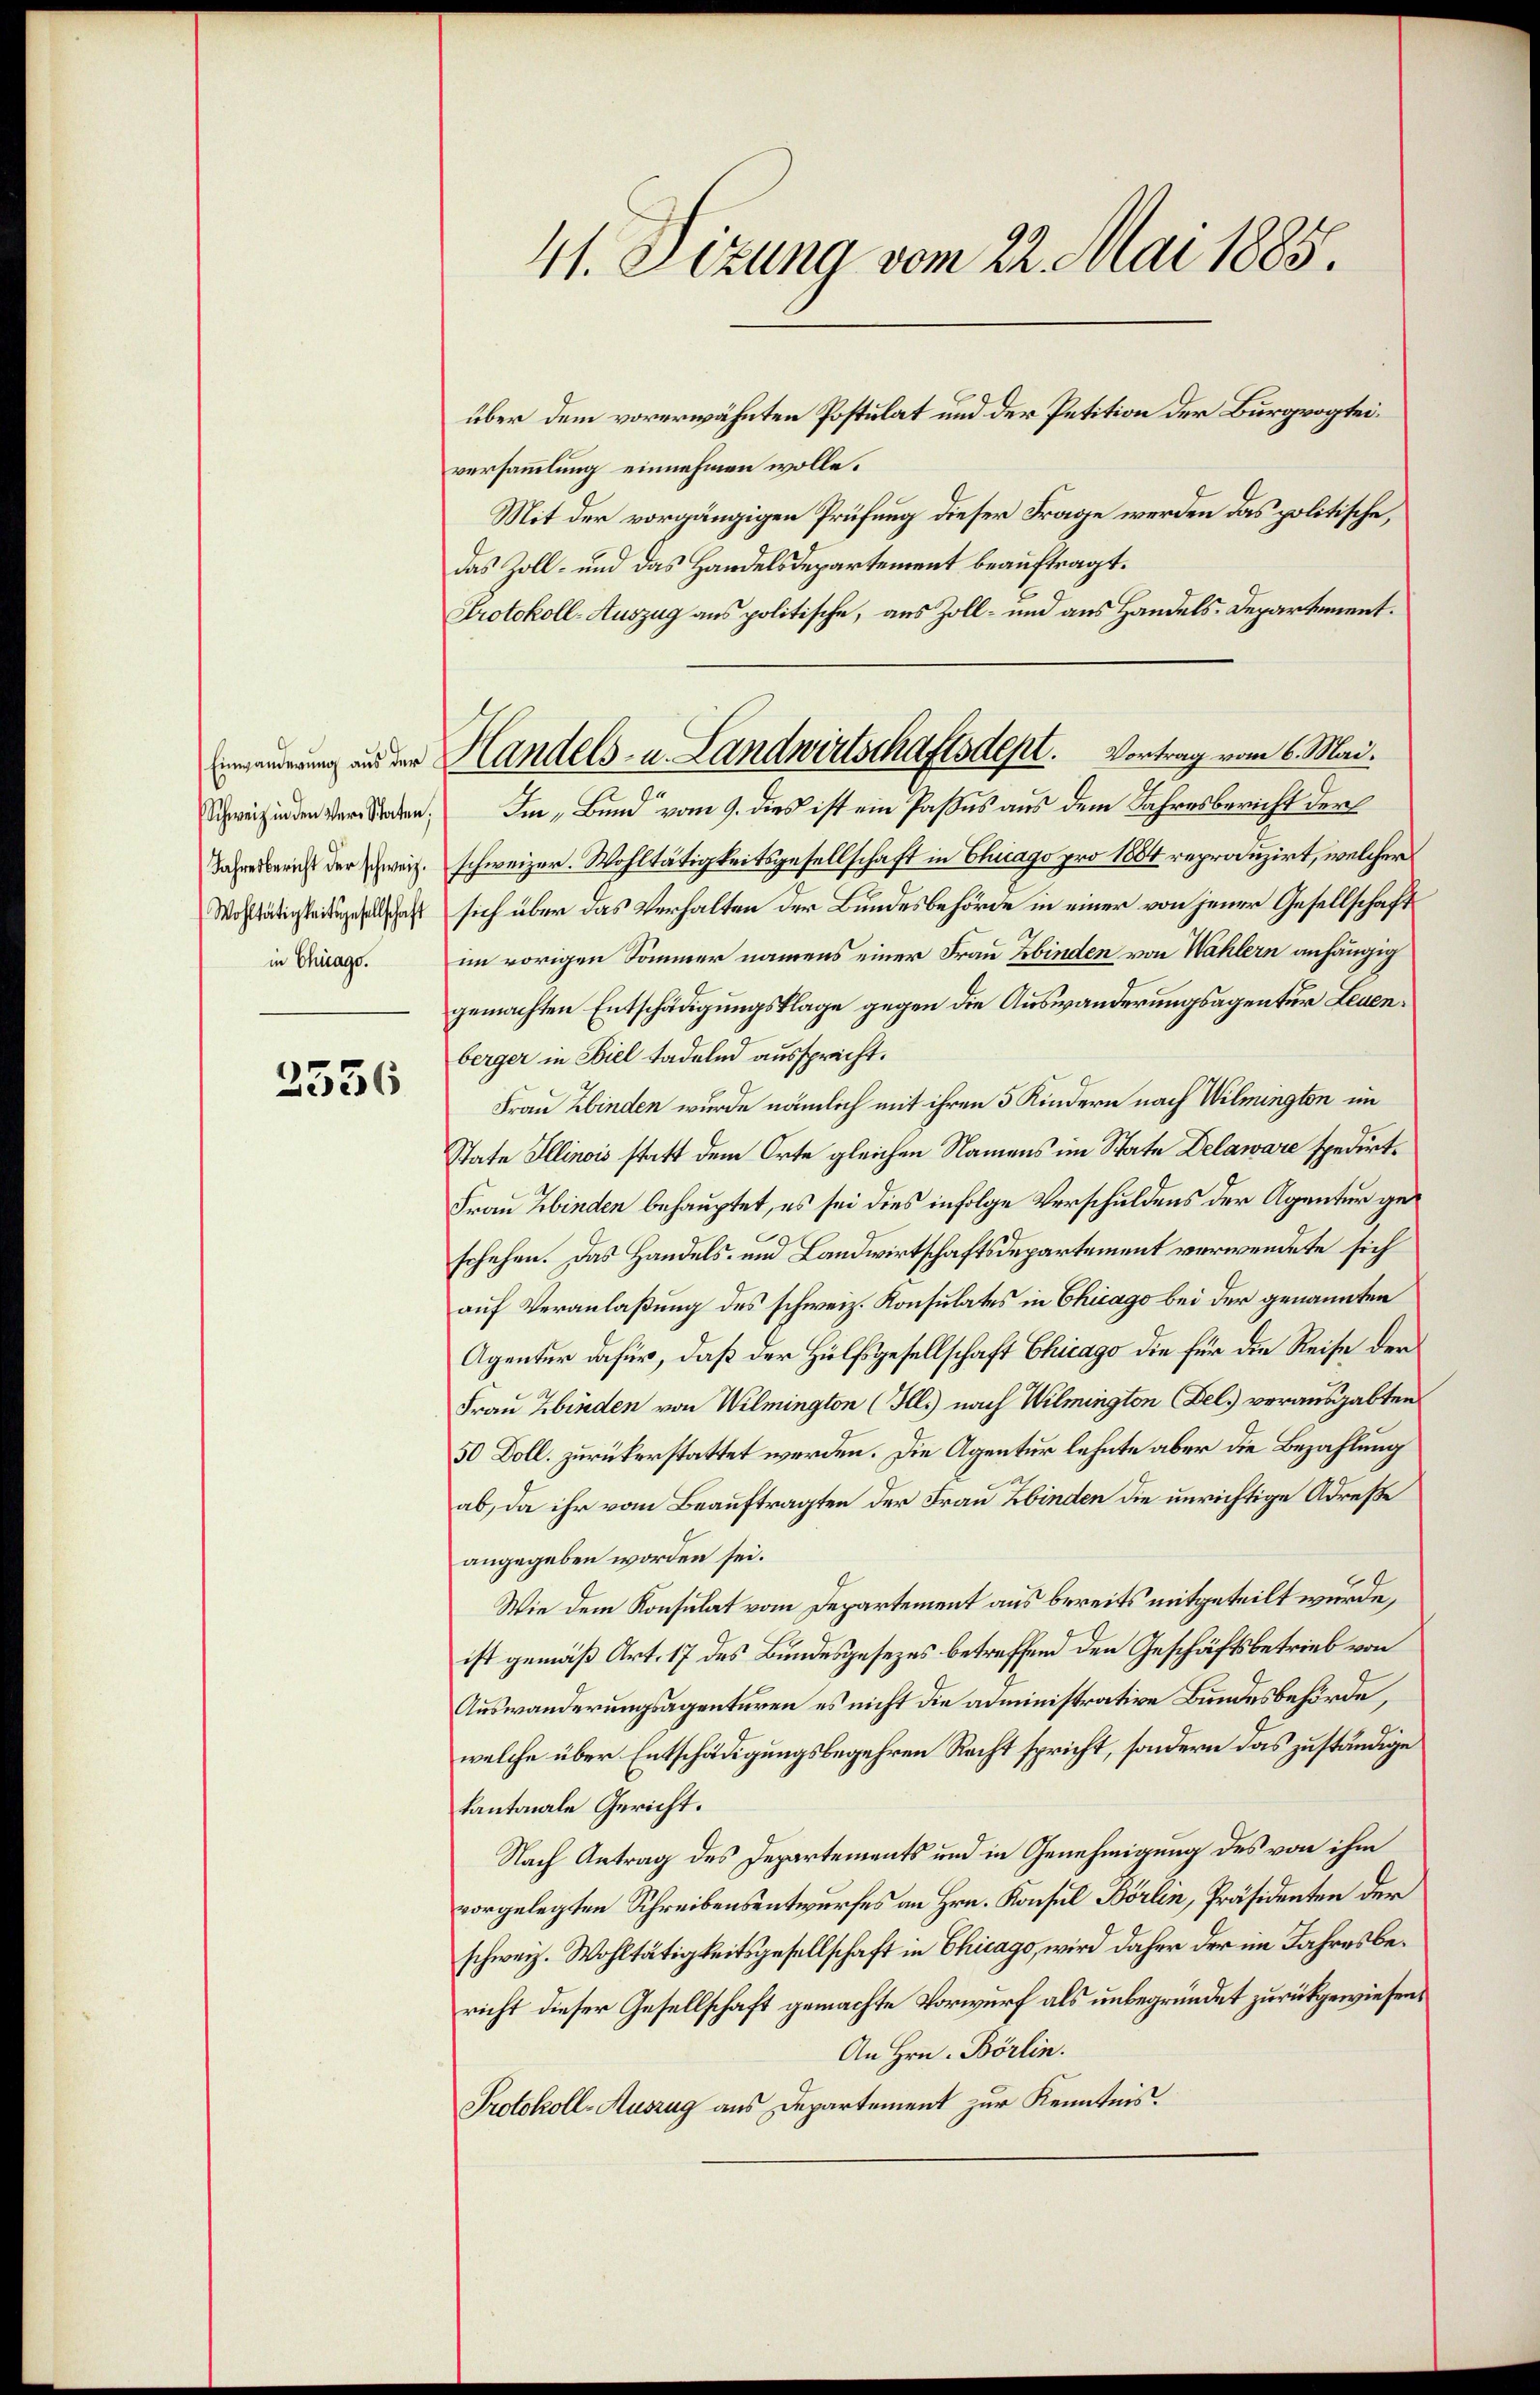
Schweiz in den Ver-Staten,
Jahresbericht der schweiz.
Wohltätigkeitsgesellschaft
in Chicago.

2356

41. Sizung vom 22. Mai 1885.

über dem vorerwähnten Postulat und der Petition der Burgvogteiversammlung einnehmen wolle.
Mit der vorgängigen Prüfung dieser Frage werden das politische,
das Zoll- und das Handelsdepartement beauftragt.
Protokoll-Auszug aus politische, aus Zoll- und aus Handels-Departement.
Im „Bund“ vom 9. dies ist ein Passus aus dem Jahresbericht der
schweizer. Wohltätigkeitsgesellschaft in Chicago pro 1884 reprauzirt, welcher
sich über das Verhalten der Bundesbehörde in einer von jener Gesellschaft
im vorigen Sommer namens einer Frau Ebinden von Wahlern anhängig
gemachten Entschädigungsklage gegen die Auswanderungsagentur Leuenberger in Biel tadelnd aussprecht.
Frau Kinden wurde nämlich mit ihren 5 Kindern nach Wilmington im
State Illinois statt dem Orte gleichen Namens im State Delaware spedirt.
Frau Kinden behauptet, es sei dies infolge Verschuldens der Agentur geschehen. Das Handels- und Landwirtschaftsdepartement verwendete sich
auf Veranlaßung des schweiz. Konsulates in Chicago bei der genannten
Agentur dafür, daß der Hülfsgesellschaft Chicago die für die Reise der
Frau Kinden von Wilmington (Ills) nach Wilmington Fel. vorausgabten
50 Doll. zurückerstattet werden. Die Agentur lehnte aber die Bezahlung
ab, da ihr vom Beauftragten der Frau Zbinden die unrichtige Adrese
angegeben worden sei.
Wie dem Konsulat vom Departement aus bereits mitgeteilt wurde,
ist gemäß Art. 17 des Bundesgesezes betreffend den Geschäftsbetrieb von
Auswanderungsagenturen es nicht die administrative Bundesbehörde,
welche über Entschädigungsbegehren Recht spricht, sondern das zuständige
kantonale Gericht.
Nach Antrag des Departements und in Genehmigung des von ihm
vorgelegten Schreibensentwurfes an Hrn. Konsul Börlin, Präsidenten der
schweiz. Wohltätigkeitsgesellschaft in Chicago, wird daher der im Jahresbericht dieser Gesellschaft gemachte Vorwurf als unbegründet zurückgewiesen.
An Hrn. Börlin.
Protokoll-Auszug aus Departement zur Kenntnis.

einanderung und der Handels- u. Landwirtschaftsdept. Vortrag vom 6. Mai.